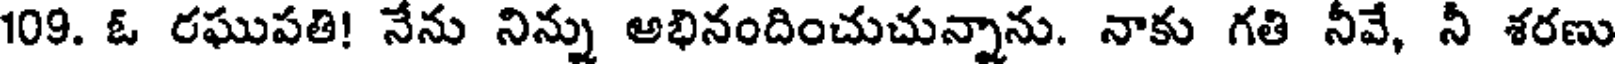
109. ఓ రఘుపతి! నేను నిన్ను అభినందించుచున్నాను. నాకు గతి నీవే, నీ శరణు